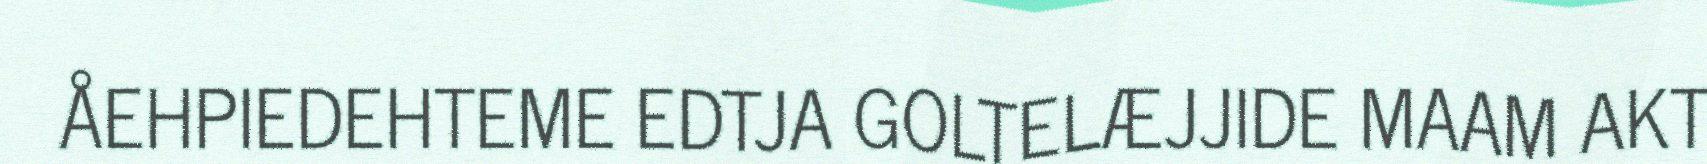
ÅEHPIEDEHTEME EDTJA GOLTELÆJJIDE MAAM AKT